Indian journal of veterinary science and animal husbandry - Volumes 24-25, 1954-1955
Year: 1954
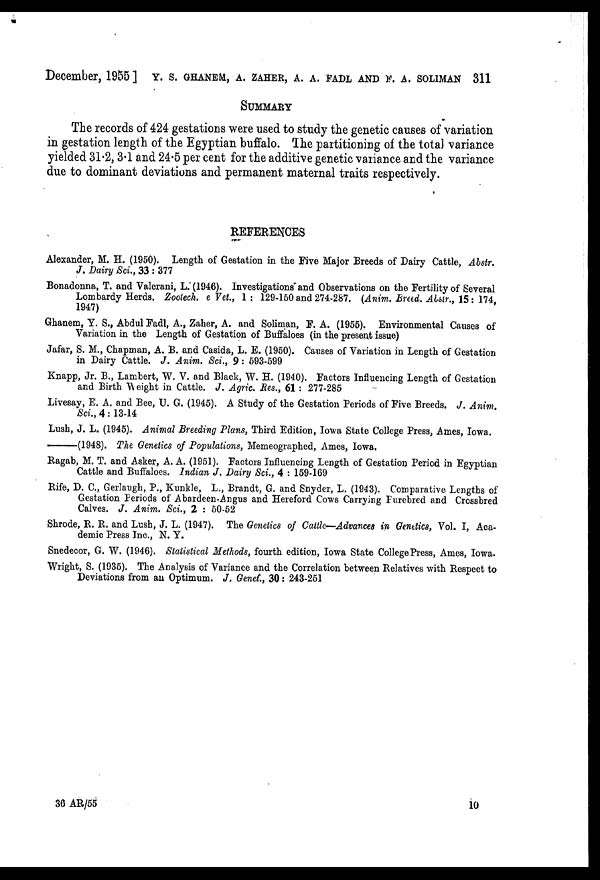
December, 1955] Y. S. GHANEM, A. ZAHER, A. A. FADL AND F. A. SOLIMAN 311
SUMMARY
The records of 424 gestations were used to study the genetic causes of variation
in gestation length of the Egyptian buffalo. The partitioning of the total variance
yielded 31.2, 3.1 and 24.5 per cent for the additive genetic variance and the variance
due to dominant deviations and permanent maternal traits respectively.
REFERENCES
Alexander, M. H. (1950). Length of Gestation in the Five Major Breeds of Dairy Cattle, Abstr.
J. Dairy Sci., 33 : 377
Bonadonna, T. and Valerani, L. (1946). Investigations and Observations on the Fertility of Several
Lombardy Herds. Zootech. e Vet., 1: 129-150 and 274-287. (Anim, Breed. Abstr., 15 : 174,
1947)
Ghanem, Y. S., Abdul Fadl, A., Zaher, A. and Soliman, F. A. (1955). Environmental Causes of
Variation in the Length of Gestation of Buffaloes (in the present issue)
Jafar, S. M., Chapman, A. B. and Casida, L. E. (1950). Causes of Variation in Length of Gestation
in Dairy Cattle. J. Anim. Sci., 9: 593-599
Knapp, Jr. B., Lambert, W. V. and Black, W. H. (1940). Factors Influencing Length of Gestation
and Birth Weight in Cattle. J. Agric. Res., 61 : 277-285
Livesay, E. A. and Bee, U. G. (1945). A Study of the Gestation Periods of Five Breeds. J. Anim.
Sci., 4 : 13-14
Lush, J. L. (1945). Animal Breeding Plans, Third Edition, Iowa State College Press, Ames, Iowa.
——(1948).
The Genetics of Populations, Memeographed, Ames, Iowa.
Ragab, M. T. and Asker, A. A. (1951). Factors Influencing Length of Gestation Period in Egyptian
Cattle and Buffaloes. Indian J. Dairy Sci., 4 : 159-169
Rife, D. C., Gerlaugh, P., Kunkle, L., Brandt, G. and Snyder, L. (1943). Comparative Lengths of
Gestation Periods of Abardeen-Angus and Hereford Cows Carrying Purebred and Crossbred
Calves. J. Anim. Sci., 2 : 50-52
Shrode, R. R. and Lush, J. L. (1947). The Genetics of Cattle—Advances in Genetics, Vol. I, Aca-
demic Press Inc., N. Y.
Snedecor, G. W. (1946). Statistical Methods, fourth edition, Iowa State CollegePress, Ames, Iowa.
Wright, S. (1935). The Analysis of Variance and the Correlation between Relatives with Respect to
Deviations from an Optimum. J. Genet. 30: 243-251
36 AR/55
10